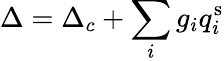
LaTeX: \Delta=\Delta_{c}+\sum_{i}g_{i}q_{i}^{\mathrm{s}}